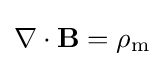
\nabla \cdot \mathbf {B} =\rho _{\mathrm {m} }